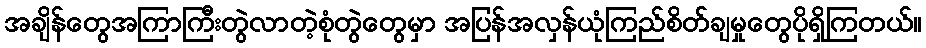
အချိန်တွေအကြာကြီးတွဲလာတဲ့စုံတွဲတွေမှာ အပြန်အလှန်ယုံကြည်စိတ််ချမှုတွေပိုရှိကြတယ်။